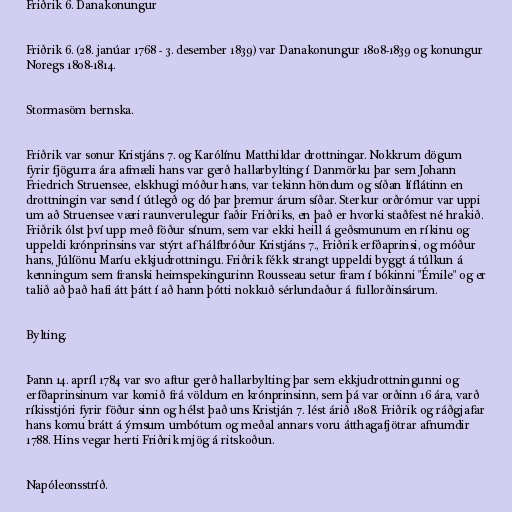
Friðrik 6. Danakonungur

Friðrik 6. (28. janúar 1768 - 3. desember 1839) var Danakonungur 1808-1839 og konungur
Noregs 1808-1814.

Stormasöm bernska.

Friðrik var sonur Kristjáns 7. og Karólínu Matthildar drottningar. Nokkrum dögum
fyrir fjögurra ára afmæli hans var gerð hallarbylting í Danmörku þar sem Johann
Friedrich Struensee, elskhugi móður hans, var tekinn höndum og síðan líflátinn en
drottningin var send í útlegð og dó þar þremur árum síðar. Sterkur orðrómur var uppi
um að Struensee væri raunverulegur faðir Friðriks, en það er hvorki staðfest né hrakið.
Friðrik ólst því upp með föður sínum, sem var ekki heill á geðsmunum en ríkinu og
uppeldi krónprinsins var stýrt af hálfbróður Kristjáns 7., Friðrik erfðaprinsi, og móður
hans, Júlíönu Maríu ekkjudrottningu. Friðrik fékk strangt uppeldi byggt á túlkun á
kenningum sem franski heimspekingurinn Rousseau setur fram í bókinni "Émile" og er
talið að það hafi átt þátt í að hann þótti nokkuð sérlundaður á fullorðinsárum.

Bylting.

Þann 14. apríl 1784 var svo aftur gerð hallarbylting þar sem ekkjudrottningunni og
erfðaprinsinum var komið frá völdum en krónprinsinn, sem þá var orðinn 16 ára, varð
ríkisstjóri fyrir föður sinn og hélst það uns Kristján 7. lést árið 1808. Friðrik og ráðgjafar
hans komu brátt á ýmsum umbótum og meðal annars voru átthagafjötrar afnumdir
1788. Hins vegar herti Friðrik mjög á ritskoðun.

Napóleonsstríð.